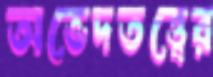
অভেদতত্ত্বের